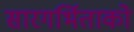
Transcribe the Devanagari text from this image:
सारगर्भिताको